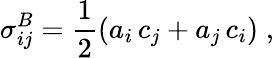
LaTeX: \sigma_{ij}^{B}=\frac{1}{2}\left(a_{i}\, c_{j}+a_{j}\, c_{i}\right)\; ,